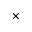
\times